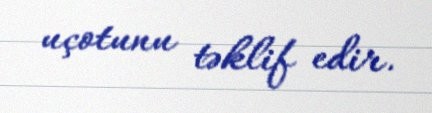
uçotunu təklif edir.